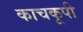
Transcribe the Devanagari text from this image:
काचकूपी